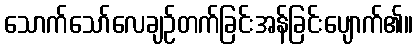
သောက်သော်လေချဉ်တက်ခြင်းအန်ခြင်းပျောက်၏။